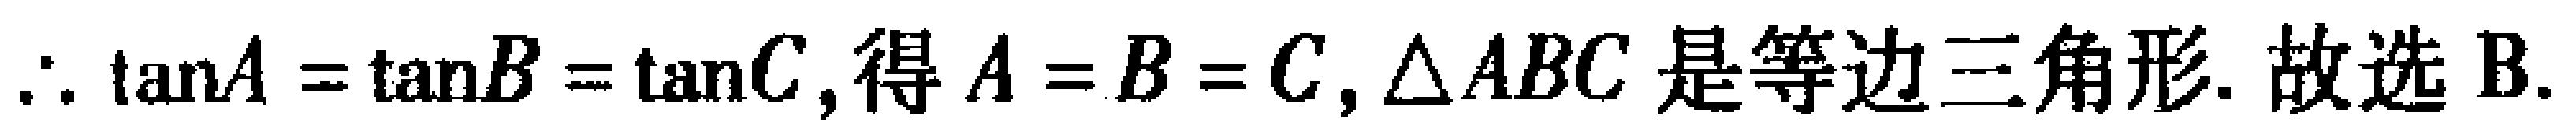
$\therefore \tan A=\tan B=\tan C,得A = B = C,\triangle ABC是等边三角形. 故选B.$